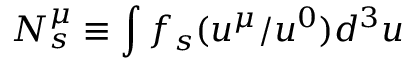
N _ { s } ^ { \mu } \equiv \int f _ { s } ( u ^ { \mu } / u ^ { 0 } ) d ^ { 3 } u